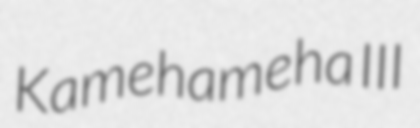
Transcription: Kamehameha III